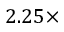
2 . 2 5 \times